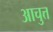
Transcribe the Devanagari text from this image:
आचुत्त